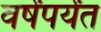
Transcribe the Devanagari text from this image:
वर्षेंपर्यंत